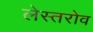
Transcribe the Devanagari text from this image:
लेस्तरोव